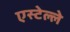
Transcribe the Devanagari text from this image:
एस्टेल्ले